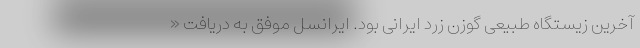
آخرین زیستگاه طبیعی گوزن زرد ایرانی بود. ایرانسل موفق به دریافت «